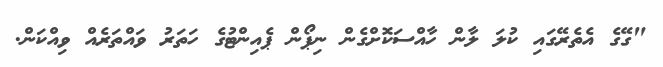
"ގޭގެ އެތެރޭގައި ކުލަ ލާން ހާއްސަކޮށްގެން ނިޕޯން ޕެއިންޓުގެ ހަތަރު ވައްތަރެއް ވިއްކަން.